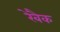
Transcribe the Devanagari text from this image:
रेबैक